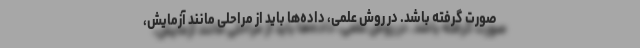
صورت گرفته باشد. در روش علمی، داده‌ها باید از مراحلی مانند آزمایش،